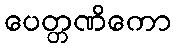
ပေတ္တဏိကော